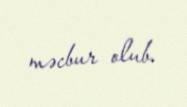
məcbur olub.